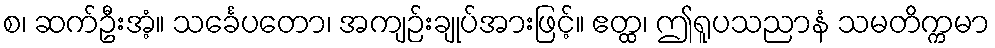
စ၊ ဆက်ဦးအံ့။ သင်္ခေပတော၊ အကျဉ်းချုပ်အားဖြင့်။ ဧတ္ထ၊ ဤရူပသညာနံ သမတိက္ကမာ